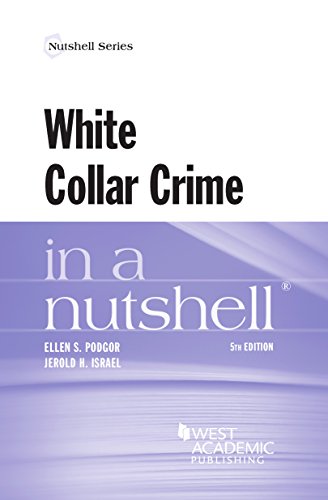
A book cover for White Collar Crime in a Nutshell; Ellen Podgor; Biographies & Memoirs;